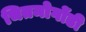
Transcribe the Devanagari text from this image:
चितमोगोंडी